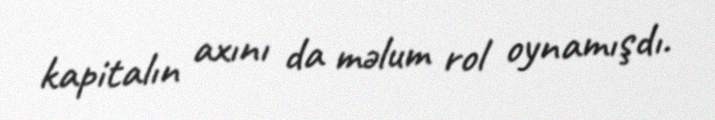
kapitalın axını da məlum rol oynamışdı.